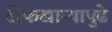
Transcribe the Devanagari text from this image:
तोफखान्यापुढे